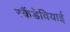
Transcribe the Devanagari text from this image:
स्कैंडेवियाई